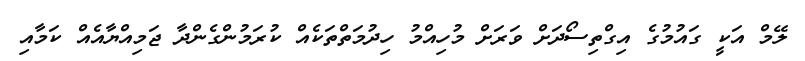
ލޭމް އަކީ ގައުމުގެ އިގްތިސޯދަށް ވަރަށް މުހިއްމު ހިދުމަތްތަކެއް ކުރަމުންގެންދާ ޖަމިއްޔާއެއް ކަމާއި